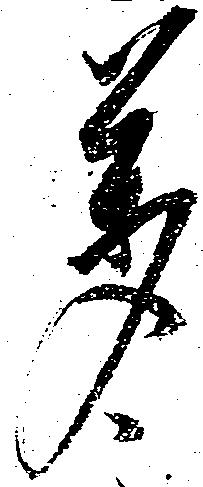
万